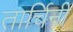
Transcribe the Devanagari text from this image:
तार्चिनी